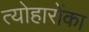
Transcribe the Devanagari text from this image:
त्योहारोंका